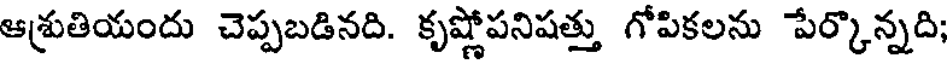
ఆశ్రుతియందు చెప్పబడినది. కృష్ణోపనిషత్తు గోపికలను పేర్కొన్నది;